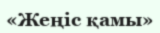
«Жеңіс қамы»